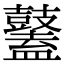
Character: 𪔮